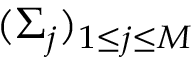
( \Sigma _ { j } ) _ { 1 \le j \le M }